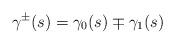
LaTeX: \begin{align*}\gamma^{\pm}(s) = \gamma_0(s) \mp \gamma_1(s)\end{align*}